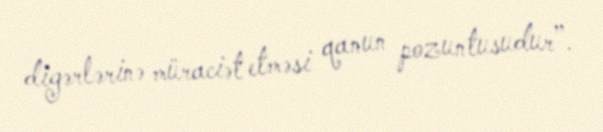
digərlərinə müraciət etməsi qanun pozuntusudur”.